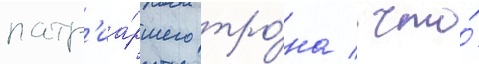
патр'иа́ршего тро́на / что́